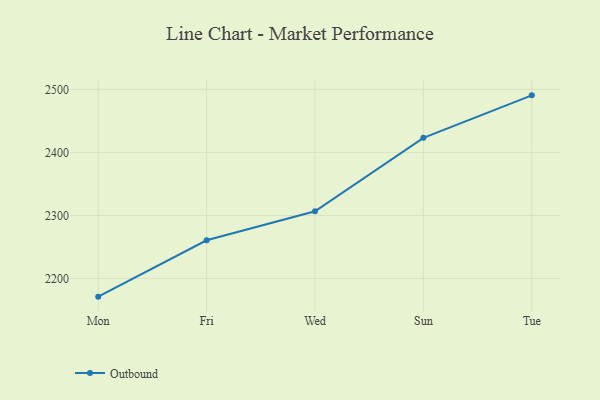
{"axis": {"x": "Day", "y": "Temperature (°C)"}, "legend": ["Outbound"], "data": [{"x": "Mon", "y": 2171.1, "type": "Outbound"}, {"x": "Fri", "y": 2260.5, "type": "Outbound"}, {"x": "Wed", "y": 2306.6, "type": "Outbound"}, {"x": "Sun", "y": 2423.1, "type": "Outbound"}, {"x": "Tue", "y": 2490.5, "type": "Outbound"}]}